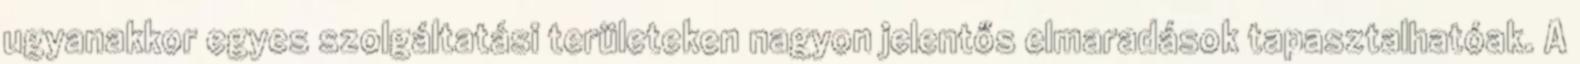
ugyanakkor egyes szolgáltatási területeken nagyon jelentős elmaradások tapasztalhatóak. A